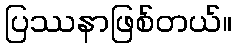
ပြဿနာဖြစ်တယ်။